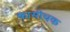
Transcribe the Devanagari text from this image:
कासीचक